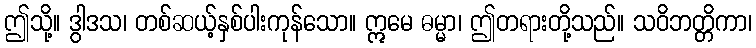
ဤသို့။ ဒွါဒသ၊ တစ်ဆယ့်နှစ်ပါးကုန်သော။ ဣမေ ဓမ္မာ၊ ဤတရားတို့သည်။ သဝိဘတ္တိကာ၊